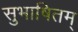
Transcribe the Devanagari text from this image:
सुभाषितम्